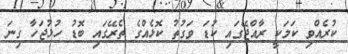
ކުރެއްވި ކަމަކީ ރާއްޖޭގައި ކުޑަ ވަގުތު ކޮޅެއްގެ ތެރޭގައި ބޮޑު ހުޅުޖަހާ ގިނަ